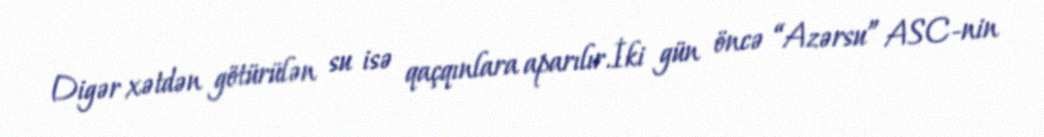
Digər xətdən götürülən su isə qaçqınlara aparılır.İki gün öncə “Azərsu” ASC-nin